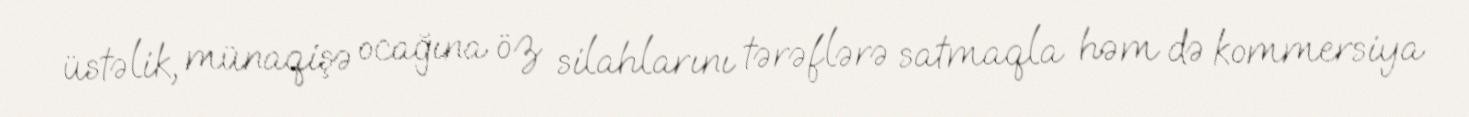
üstəlik, münaqişə ocağına öz silahlarını tərəflərə satmaqla həm də kommersiya